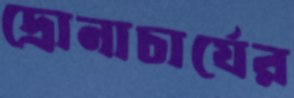
দ্রোনাচার্যের